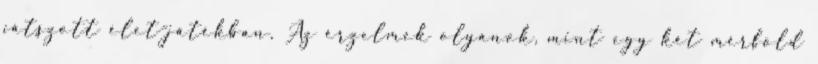
játszott élet-játékban. Az érzelmek olyanok, mint egy két mérföld